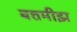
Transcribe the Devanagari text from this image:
बत्तमीझ